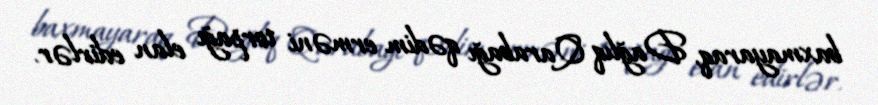
baxmayaraq, Dağlıq Qarabağı qədim erməni torpağı elan edirlər.